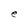
Character: e